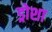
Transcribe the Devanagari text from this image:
ड्रोशा